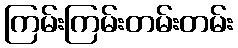
ကြမ်းကြမ်းတမ်းတမ်း